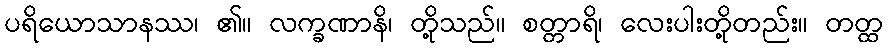
ပရိယောသာနဿ၊ ၏။ လက္ခဏာနိ၊ တို့သည်။ စတ္တာရိ၊ လေးပါးတို့တည်း။ တတ္ထ